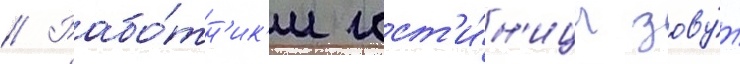
// Рабо́тн'ик'и гост'и́н'ицы зову́т